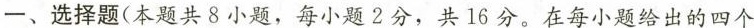
一、选择题(本题共8小题，每小题2分，共16分。在每小题给出的四个